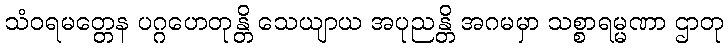
သံဝရမတ္တေန ပဂ္ဂဟေတုန္တိ သေယျာယ အပုညန္တိ အဂမမှာ သစ္စာရမ္မဏာ ဌာတု